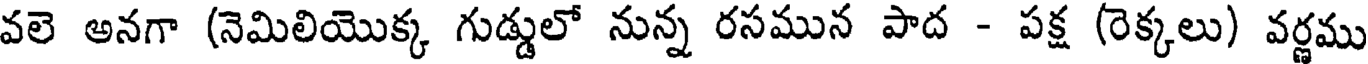
వలె అనగా (నెమిలియొక్క గుడ్డులో నున్న రసమున పాద - పక్ష (రెక్కలు) వర్ణము